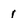
Character: 1